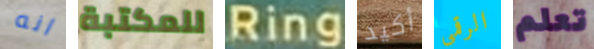
انه للمكتبة Ring أكيد الرقمي تعلم